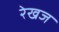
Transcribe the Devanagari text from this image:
रेखज